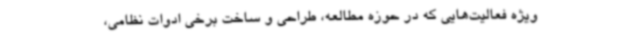
ویژه فعالیت‌هایی که در حوزه مطالعه، طراحی و ساخت برخی ادوات نظامی،